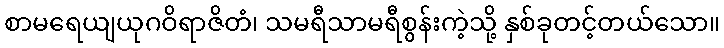
စာမရေယျယုဂဝိရာဇိတံ၊ သမရီသာမရီစွန်းကဲ့သို့ နှစ်ခုတင့်တယ်သော။